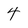
Character: 4